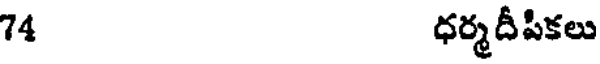
74 ధర్మదీపికలు